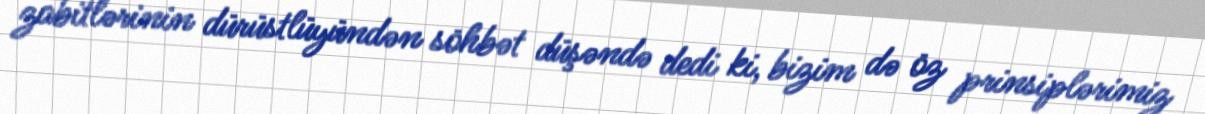
zabitlərinin dürüstlüyündən söhbət düşəndə dedi ki, bizim də öz prinsiplərimiz